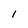
Character: 1